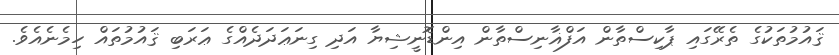
ޤައުމުތަކުގެ ތެރޭގައި ޕާކިސްތާން އަފްޣާނިސްތާން އިންޑޮނީޝިޔާ އަދި ގިނަޢަދަދެއްގެ ޢަރަބި ޤައުމުތައް ހިމެނެއެވެ.